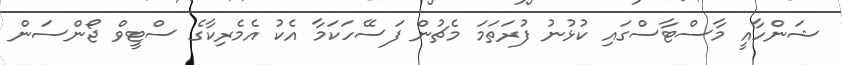
ޝަންހާއީ މާސްޓާސްގައި ކުޅުނު ފުރަތަމަ މެޗުން ފަސޭހަކަމާ އެކު އެމެރިކާގެ ސްޓީވް ޖޯންސަން